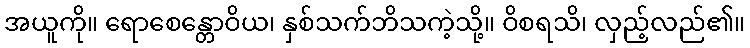
အယူကို။ ရောစေန္တောဝိယ၊ နှစ်သက်ဘိသကဲ့သို့။ ဝိစရသိ၊ လှည့်လည်၏။